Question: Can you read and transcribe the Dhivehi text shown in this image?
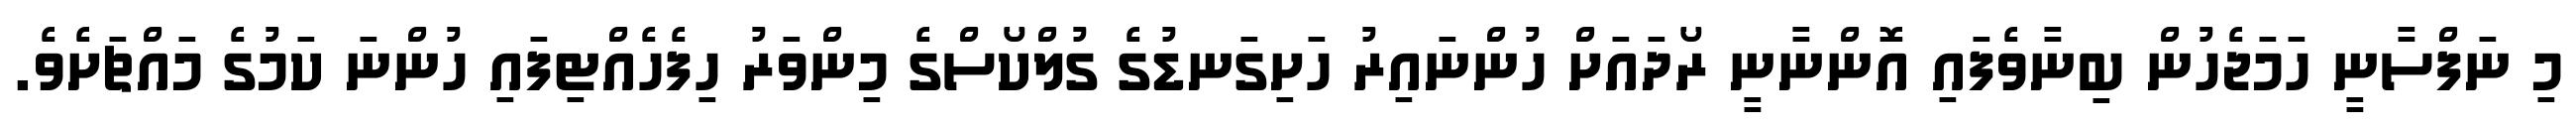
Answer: މި ނަފްސާނީ ހަމަޖެހުން ބިނާވެފައި އޮންނާނީ ރޯދައަށް ހުންނައިރު ހަށިގަނޑުގެ ގުލްކޯސްގެ މިންވަރު ހިފެހެއްޓިފައި ހުންނަ ކަމުގެ މައްޗަށެވެ.